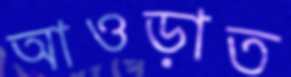
আওড়াত